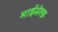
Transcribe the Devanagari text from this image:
माईसेल्फ़